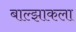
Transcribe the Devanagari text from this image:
बाल्झाकला